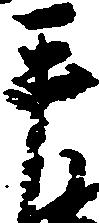
手